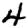
Digit: 4